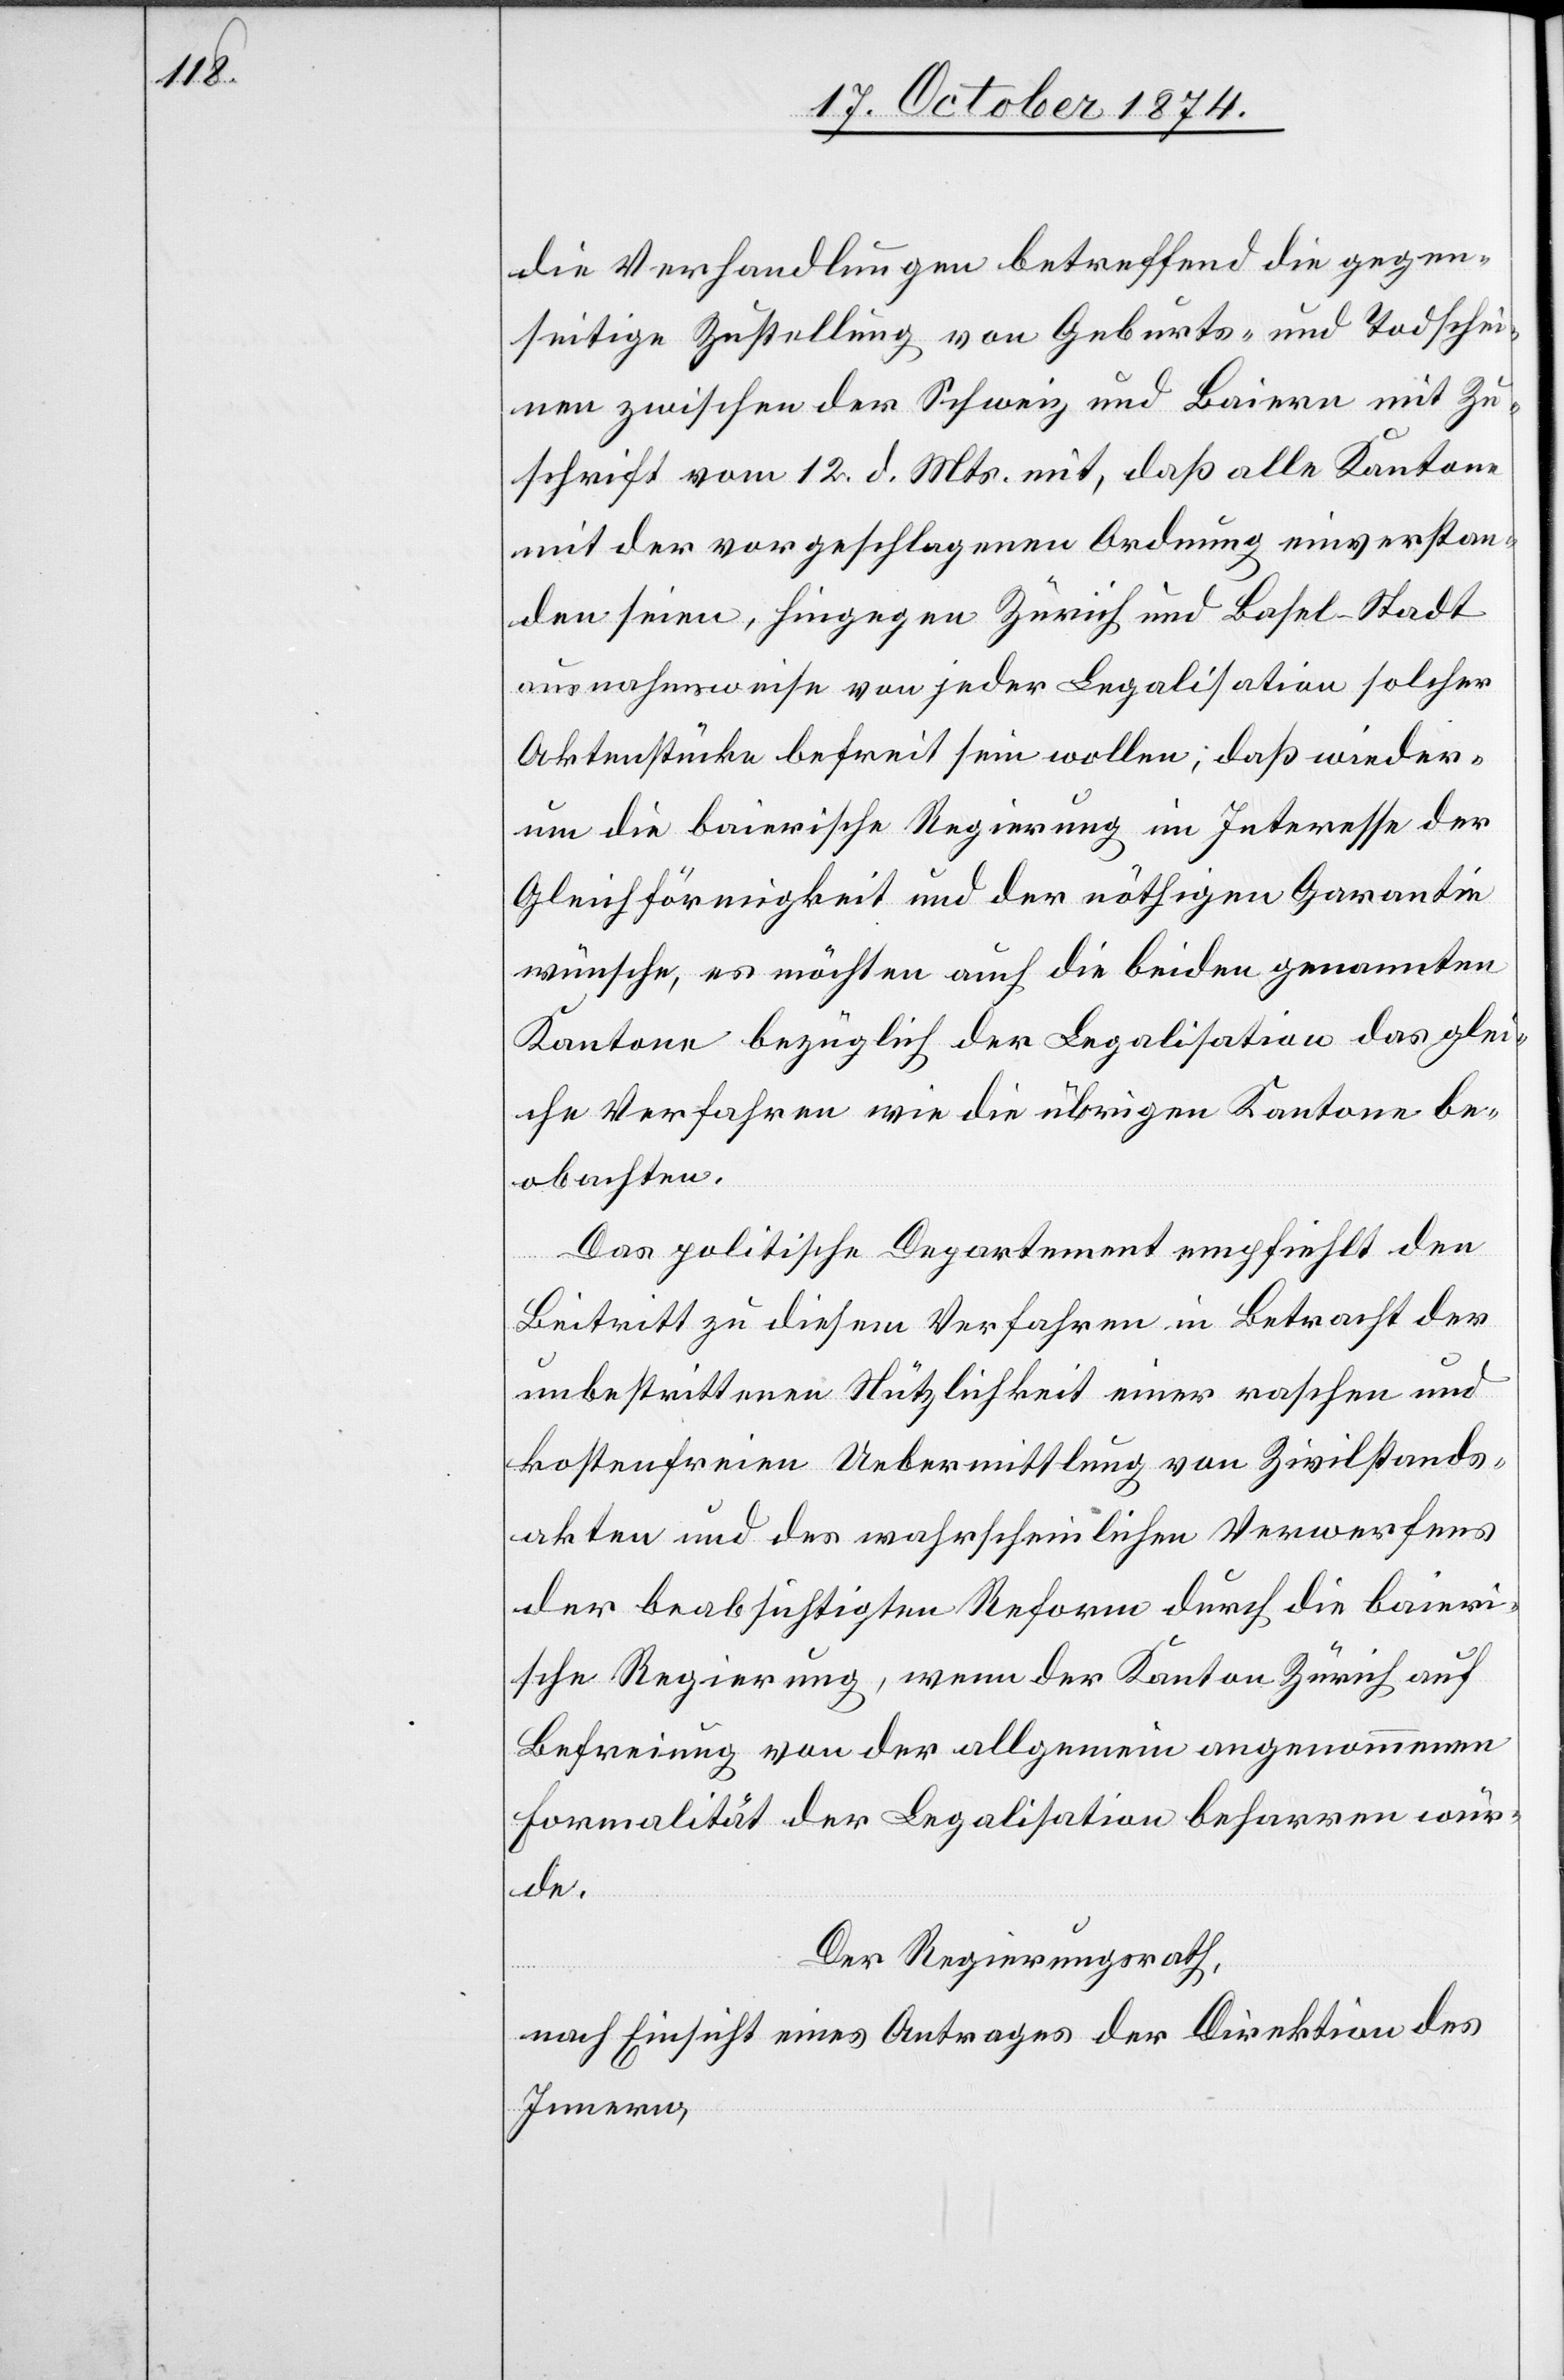
die Verhandlungen betreffend die gegen¬
seitige Zustellung von Geburts- und Todschei¬
nen zwischen der Schweiz und Baiern mit Zu¬
schrift vom 12. d. Mts. mit, daß, alle Kantone
mit der vorgeschlagenen Ordnung einverstan¬
den seien, hingegen Zürich und Basel-Stadt
ausnahmsweise von jeder Legalisation solcher
Aktenstücke befreit sein wollen; daß wieder¬
um die baierische Regierung im Interesse der
Gleichförmigkeit und der nöthigen Garantie
wünsche, es möchten auch die beiden genannten
Kantone bezüglich der Legalisation das glei¬
che Verfahren wie die übrigen Kantone be¬
obachten.
Das politische Departement empfiehlt den
Beischritt zu diesem Verfahren in Betracht der
unbestrittenen Nützlichkeit einer raschen und
kostenfreien Uebermittlung von Zivilstands¬
akten und des wahrscheinlichen Verwerfens
der beabsichtigten Reform durch die baieri¬
sche Regierung, wenn der Kanton Zürich auf
Befreiung von der allgemeinen angenommenen
Formalität der Legalisation beharren wür¬
de.
Der Regierungsrath,
nach Einsicht eines Antrages der Direktion des
Innern,